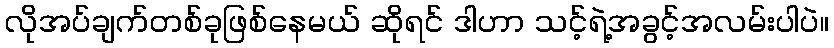
လိုအပ်ချက်တစ်ခုဖြစ်နေမယ် ဆိုရင် ဒါဟာ သင့်ရဲ့အခွင့်အလမ်းပါပဲ။